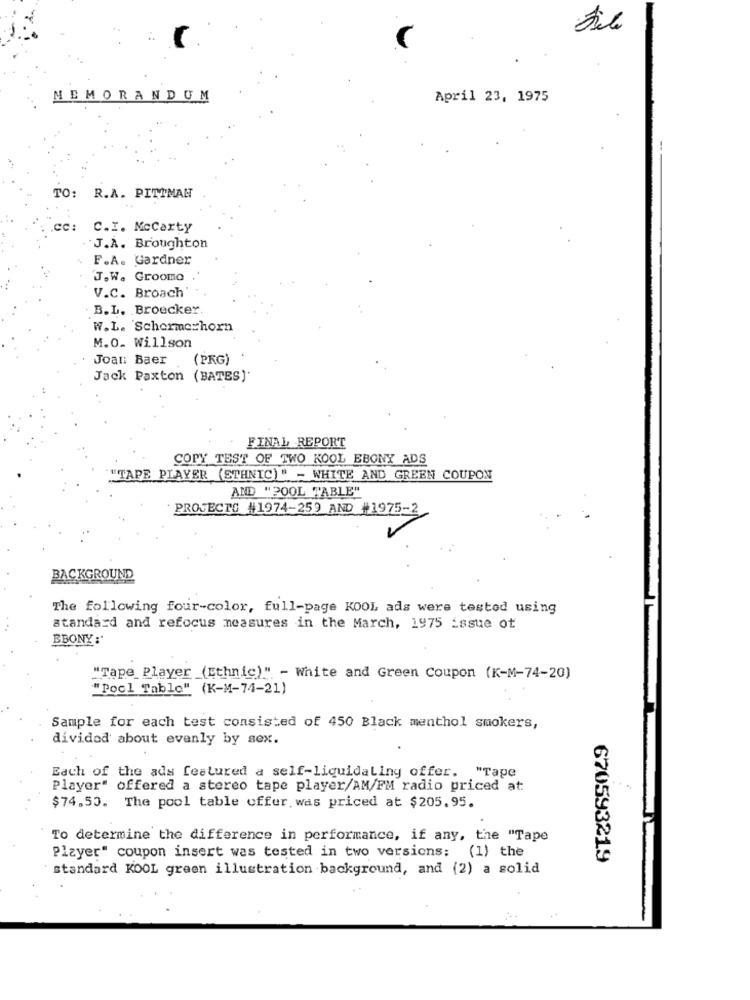
MEMORANDUM
April 23, 1975
TO:
R.A. PITTMAN
2C:
C.I. Mccarty
J.A. Broughton
F.A. Gardner
J.W. Grooma
V.C. Broach
B.L. Broecker
W.L. Schermerhorn
M.O. Willson
Joal: Baer
(PKG)
Jack Paxton (BATES)
FINAL REPORT
COPY TEST OF TWO KOOL EBONY ADS
"TAPE PLAYER (ETHNIC)" - WHITE AND GREEN COUPON
AND "200L "ABLE"
PROJECTO #1974-259 AND #1975-2
BACKGROUND
The following four-color, full-page KOOL ads were tested using
standard and refocus measures in the March, 1975 issue ot
EBONY :'
"Tape Player (Ethnic)" - White and Green Coupon (K-M-74-20)
"Pool Table" (K-M-74-21)
Sample for each test consisted of 450 Black menthol smokers,
divided about evenly by sex.
Each of the ads featured a self-liquidaliny offer.
"Tape
Player" offered a stereo tape player/AM/FM radio priced at.
$74.53. The pool table offer. was priced at $205.95.
To determine the difference in performance, if any, the "Tape
Player" coupon insert was tested in two versions: (1) the
670593219
standard KOOL green illustration background, and (2) a solid